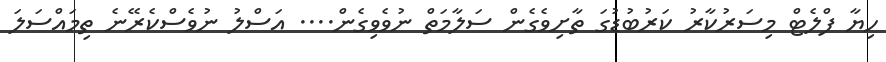
ހިޔާ ފްލެޓް މިސަރުކާރު ކަރުބުޑުގަ ތާށިވެގެން ސަލާމަތް ނުވެވިގެން.... އަސްލު ނުވެސްކެރޭނެ ތިމައްސަލަ